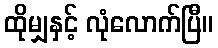
ထိုမျှနှင့် လုံလောက်ပြီ။